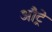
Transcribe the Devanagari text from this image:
औट्रे